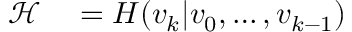
\begin{array} { r l } { { \mathcal { H } } } & { { } = H ( v _ { k } | v _ { 0 } , \ldots , v _ { k - 1 } ) } \end{array}